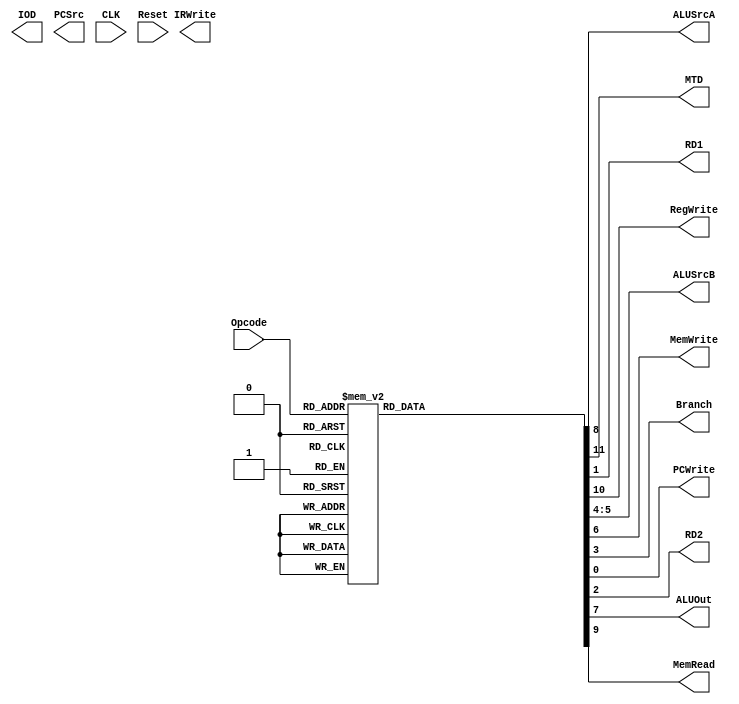
`timescale 1ns / 100ps


module Control_Unit (ALUSrcA,
			  MTD,
			  RD1,
			  RegWrite, 
			  ALUSrcB,
			  MemWrite,
			  Branch,
			  PCWrite,
			  RD2,
			  ALUOut,
			  MemRead,
			  IOD,
			  PCSrc,
			  IRWrite,
			  
			  CLK,
			  Opcode,
			  Reset
 			  );

   output   ALUSrcA;
   output RD1;
   output 	RegWrite;
   output 	[1:0] ALUSrcB;
   output 	MemWrite;
   output 	Branch;
	output PCWrite;
	output	RD2;
	output ALUOut;
	output	MemRead;
	output MTD;
	output IOD;
	output [1:0] PCSrc;
	output IRWrite;
	
	

   input [3:0] 	Opcode;
   input 	CLK;
   input 	Reset;

   reg ALUSrcA;
   reg RD1;
   reg RegWrite;
   reg [1:0] ALUSrcB;
   reg MemWrite;
   reg Branch;
	reg PCWrite;
	reg	RD2;
	reg ALUOut;
	reg	MemRead;
	reg MTD;
	reg IOD;
	reg [1:0] PCSrc;
	reg IRWrite;

   always @ (Opcode)
  	    begin	
	       $display("The opcode is %d", Opcode);
       case (Opcode)
		 0:
		   begin
		      $display("add");
				PCWrite = 2'b00;
				RD1 = 2'b00;
				RD2 = 0;
				Branch = 0;
				ALUSrcB = 0;
				MemWrite = 0;
				ALUOut = 4'b0010;
				ALUSrcA = 0;
				MemRead = 0;
				RegWrite = 1;
				MTD=0;
 		   end
		 1:
		   begin
			   $display("sub");
				PCWrite = 2'b00;
				RD1 = 2'b00;
				RD2 = 0;
				Branch = 0;
				ALUSrcB = 0;
				MemWrite = 0;
				ALUOut = 4'b0110;
				ALUSrcA = 0;
				MemRead = 0;
				RegWrite = 1;
				MTD=0;
		   end
		 2:
		   begin
				$display("addi");
				PCWrite = 2'b01;
				RD1 = 2'b10;
				RD2 = 0;
				Branch = 0;
				ALUSrcB = 0;
				MemWrite = 0;
				ALUOut = 4'b0010;
				ALUSrcA = 1;
				MemRead = 0;
				RegWrite = 1;
				MTD=0;
		   end
		 3:
		   begin
				$display("slt");
				PCWrite = 2'b00;
				RD1 = 2'b00;
				RD2 = 0;
				Branch = 0;
				ALUSrcB = 0;
				MemWrite = 0;
				ALUOut = 4'b0111;
				ALUSrcA = 0;
				MemRead = 0;
				RegWrite = 1;
				MTD=0;
		   end
		 4:
		   begin
			   $display("beq");
				PCWrite = 2'b01;
				RD1 = 2'b00;
				RD2 = 0;
				Branch = 1;
				ALUSrcB = 0;
				MemWrite = 0;
				ALUOut = 4'b0110;
				ALUSrcA = 0;
				MemRead = 0;
				RegWrite = 0;
				MTD=0;
		   end
		 5:
		   begin
				$display("load");
				PCWrite = 2'b01;
				RD1 = 2'b01;
				RD2 = 0;
				Branch = 0;
				ALUSrcB = 0;
				MemWrite = 0;
				ALUOut = 4'b0010;
				ALUSrcA = 1;
				MemRead = 0;
				RegWrite = 1;
				MTD=1;
		   end
		 6:
		   begin
			   $display("store");
				PCWrite = 2'b01;
				RD1 = 2'b10;
				RD2 = 0;
				Branch = 0;
				ALUSrcB = 0;
				MemWrite = 1;
				ALUOut = 4'b0010;
				ALUSrcA = 1;
				MemRead = 0;
				RegWrite = 0;
				MTD=0;
		   end
		 7:
		   begin
			   $display("RD2");
				PCWrite = 2'b10;
				RD1 = 2'b00;
				RD2 = 1;
				Branch = 0;
				ALUSrcB = 0;
				MemWrite = 0;
				ALUOut = 4'b0000;
				ALUSrcA = 0;
				MemRead = 0;
				RegWrite = 0;
				MTD=0;
		   end
		 8:
		   begin
			   $display("sll");
				PCWrite = 2'b01;
				RD1 = 2'b10;
				RD2 = 0;
				Branch = 0;
				ALUSrcB = 0;
				MemWrite = 0;
				ALUOut = 4'b1001;
				ALUSrcA = 1;
				MemRead = 0;
				RegWrite = 1;
				MTD=0;
				$display("%d", ALUOut);
		   end
		 9:
		   begin
			   $display("ALUSrcB");
				PCWrite = 2'b01;
				RD1 = 2'b00;
				RD2 = 0;
				Branch = 1;
				ALUSrcB = 1;
				MemWrite = 0;
				ALUOut = 4'b0110;
				ALUSrcA = 0;
				MemRead = 0;
				RegWrite = 0;
				MTD=0;
		   end
		 10:
		   begin
			   $display("sra");
				PCWrite = 2'b01;
				RD1 = 2'b10;
				RD2 = 0;
				Branch = 0;
				ALUSrcB = 0;
				MemWrite = 0;
				ALUOut = 4'b1000;
				ALUSrcA = 1;
				MemRead = 0;
				RegWrite = 1;
				MTD=0;
		   end
		 11:
		   begin
				$display("jal");
				PCWrite = 2'b10;
				RD1 = 2'b00;
				RD2 = 1;
				Branch = 0;
				ALUSrcB = 0;
				MemWrite = 0;
				ALUOut = 4'b0000;
				ALUSrcA = 0;
				MemRead = 0;
				RegWrite = 1;
				MTD=2'b10;
		   end
		 12:
		   begin
				$display("and");
				PCWrite = 2'b00;
				RD1 = 2'b00;
				RD2 = 0;
				Branch = 0;
				ALUSrcB = 0;
				MemWrite = 0;
				ALUOut = 4'b0000;
				ALUSrcA = 0;
				MemRead = 0;
				RegWrite = 1;
				MTD=0;
		   end
		 13:
		   begin
			   $display("or");
				PCWrite = 2'b00;
				RD1 = 2'b00;
				RD2 = 0;
				Branch = 0;
				ALUSrcB = 0;
				MemWrite = 0;
				ALUOut = 4'b0001;
				ALUSrcA = 0;
				MemRead = 0;
				RegWrite = 1;
				MTD=0;
		   end
		 14:
		   begin
			   $display("srl");
				PCWrite = 2'b00;
				RD1 = 2'b01;
				RD2 = 0;
				Branch = 0;
				ALUSrcB = 0;
				MemWrite = 0;
				ALUOut = 4'b0010;
				ALUSrcA = 1;
				MemRead = 0;
				RegWrite = 1;
				MTD=0;
		   end
		 15:
		   begin
			   $display("jr");
				PCWrite = 2'b00;
				RD1 = 2'b01;
				RD2 = 0;
				Branch = 0;
				ALUSrcB = 0;
				MemWrite = 0;
				ALUOut = 4'b0010;
				ALUSrcA = 1;
				MemRead = 0;
				RegWrite = 1;
				MTD=0;
		   end
			
		 default:
		   begin 
		      $display(" Wrong Opcode %d ", Opcode);  
         end
	       endcase	
	       
	    end
	  
endmodule